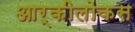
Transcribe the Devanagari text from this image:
आर्कीलोकस